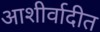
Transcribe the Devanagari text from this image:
आशीर्वादीत